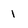
Character: 1